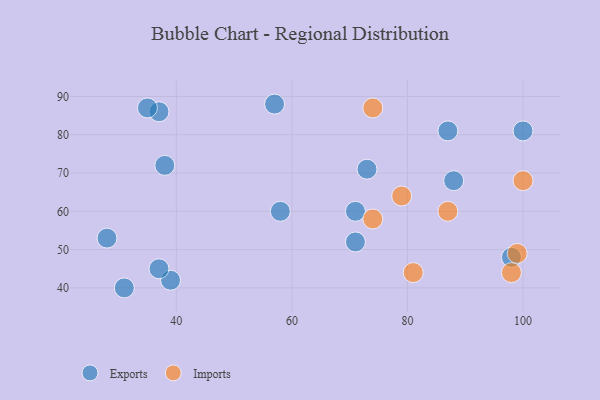
{"axis": {"x": "GDP", "y": "Life Expectancy"}, "legend": ["Exports", "Imports"], "data": [{"x": "73", "y": 71, "type": "Exports"}, {"x": "38", "y": 72, "type": "Exports"}, {"x": "39", "y": 42, "type": "Exports"}, {"x": "100", "y": 81, "type": "Exports"}, {"x": "58", "y": 60, "type": "Exports"}, {"x": "37", "y": 86, "type": "Exports"}, {"x": "88", "y": 68, "type": "Exports"}, {"x": "37", "y": 45, "type": "Exports"}, {"x": "71", "y": 52, "type": "Exports"}, {"x": "71", "y": 60, "type": "Exports"}, {"x": "28", "y": 53, "type": "Exports"}, {"x": "87", "y": 81, "type": "Exports"}, {"x": "57", "y": 88, "type": "Exports"}, {"x": "35", "y": 87, "type": "Exports"}, {"x": "98", "y": 48, "type": "Exports"}, {"x": "31", "y": 40, "type": "Exports"}, {"x": "100", "y": 68, "type": "Imports"}, {"x": "74", "y": 87, "type": "Imports"}, {"x": "87", "y": 60, "type": "Imports"}, {"x": "99", "y": 49, "type": "Imports"}, {"x": "81", "y": 44, "type": "Imports"}, {"x": "79", "y": 64, "type": "Imports"}, {"x": "74", "y": 58, "type": "Imports"}, {"x": "98", "y": 44, "type": "Imports"}]}